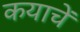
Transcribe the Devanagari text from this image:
कयाचें